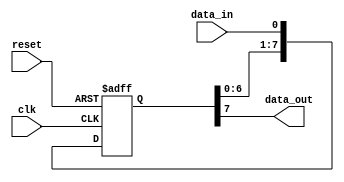
module siso_shift_register (
    input clk,
    input reset,
    input data_in,
    output reg data_out
);

reg [7:0] shift_reg;

always @(posedge clk or posedge reset) begin
    if (reset) begin
        shift_reg <= 8'b0;
    end else begin
        shift_reg <= {shift_reg[6:0], data_in};
    end
end

assign data_out = shift_reg[7];

endmodule